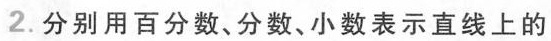
2.分别用百分数、分数、小数表示直线上的